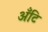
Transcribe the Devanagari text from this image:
अँटि